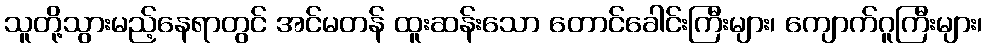
သူတို့သွားမည့်နေရာတွင် အင်မတန် ထူးဆန်းသော တောင်ခေါင်းကြီးများ၊ ကျောက်ဂူကြီးများ၊